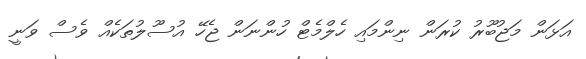
އަޅަން މަޖުބޫރު ކުރަން ނިންމައި ހެލްމެޓް ހުންނަން ޖެހޭ އުސޫލުތަކެއް ވެސް ވަނީ